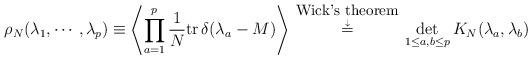
LaTeX: \begin{align*}\rho_N(\lambda_1,\cdots,\lambda_p)\equiv\left\langle \prod_{a=1}^p \frac{1}{N} {\rm tr}\, \delta (\lambda_a-M)\right\rangle\stackrel{\mbox{\small Wick's theorem} \atop {\downarrow}}{=}\det_{1\leq a,b \leq p} K_N(\lambda_a,\lambda_b)\end{align*}